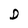
Character: D